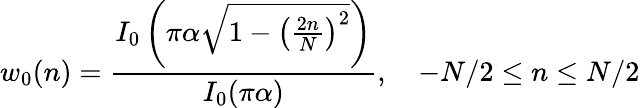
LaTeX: w_{0}(n)={\frac{I_{0}\left(\pi\alpha{\sqrt{1-\left({\frac{2n}{N}}\right)^{2}}}\right)}{I_{0}(\pi\alpha)}},\quad-N/2\leq n\leq N/2